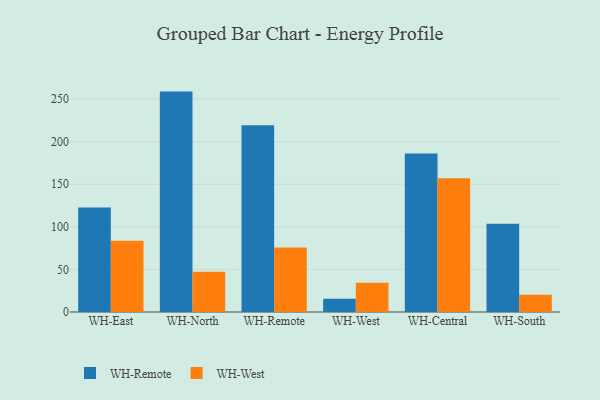
{"axis": {"x": "Warehouse", "y": "Satisfaction Score"}, "legend": ["WH-Remote", "WH-West"], "data": [{"x": "WH-East", "y": 122.6, "type": "WH-Remote"}, {"x": "WH-East", "y": 83.7, "type": "WH-West"}, {"x": "WH-North", "y": 258.8, "type": "WH-Remote"}, {"x": "WH-North", "y": 47.2, "type": "WH-West"}, {"x": "WH-Remote", "y": 219.4, "type": "WH-Remote"}, {"x": "WH-Remote", "y": 75.6, "type": "WH-West"}, {"x": "WH-West", "y": 15.7, "type": "WH-Remote"}, {"x": "WH-West", "y": 34.4, "type": "WH-West"}, {"x": "WH-Central", "y": 186.0, "type": "WH-Remote"}, {"x": "WH-Central", "y": 157.0, "type": "WH-West"}, {"x": "WH-South", "y": 103.5, "type": "WH-Remote"}, {"x": "WH-South", "y": 20.3, "type": "WH-West"}]}